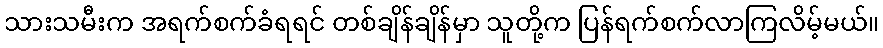
သားသမီးက အရက်စက်ခံရရင် တစ်ချိန်ချိန်မှာ သူတို့က ပြန်ရက်စက်လာကြလိမ့်မယ်။